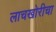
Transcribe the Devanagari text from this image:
लाचखोरीचा